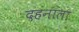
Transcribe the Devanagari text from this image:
दहनाला